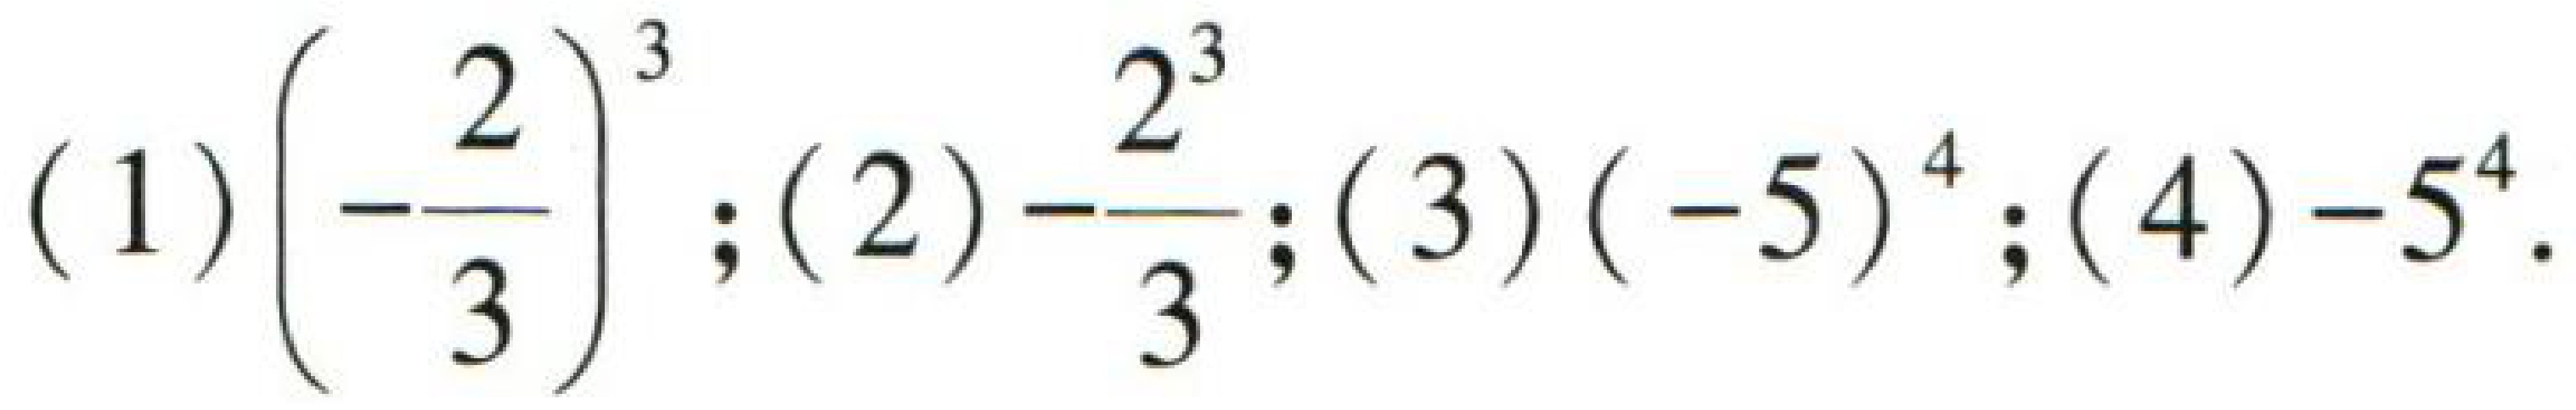
(1) \(\left(-\dfrac{2}{3}\right)^{3}\); (2) \(-\dfrac{2^{3}}{3}\); (3) \((-5)^{4}\); (4) \(-5^{4}\).